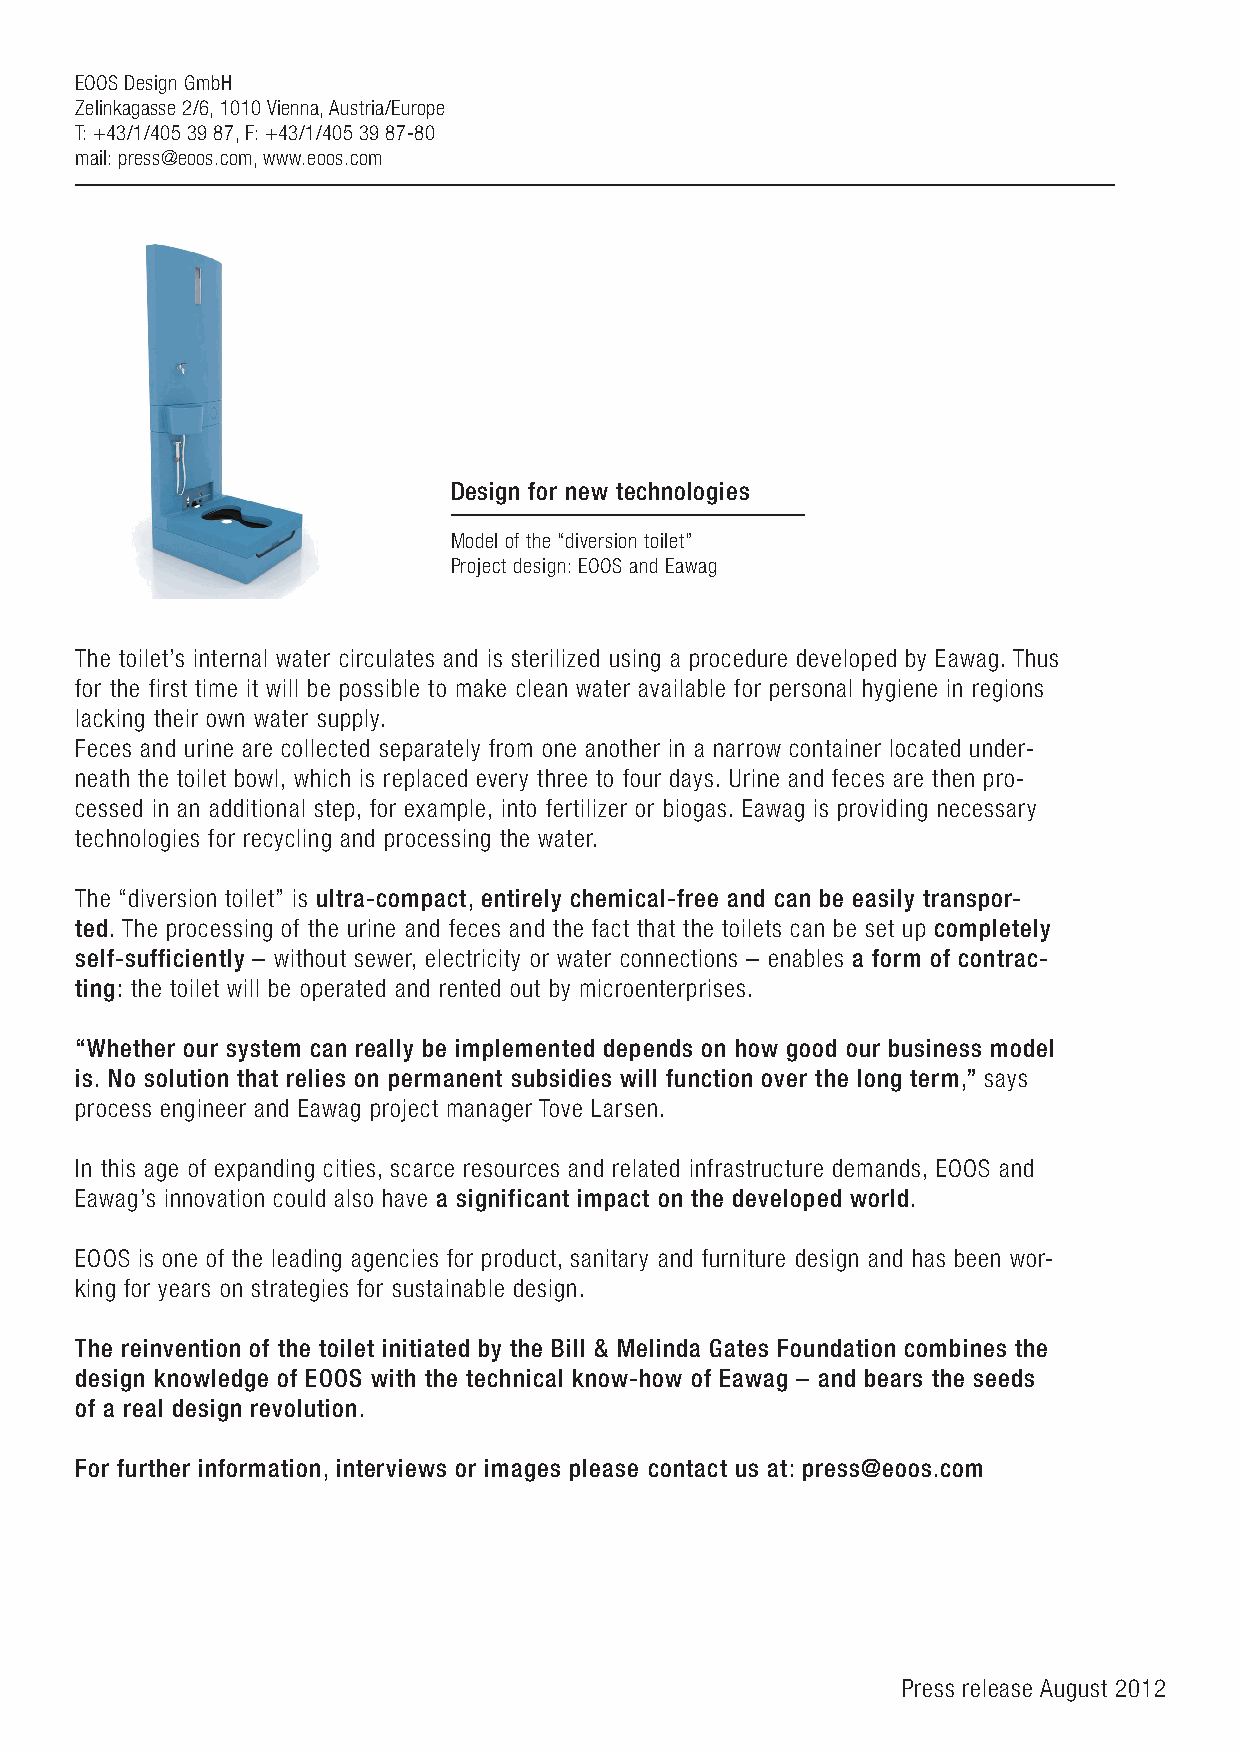
EOOS Design GmbH
 Zelinkagasse 2/6, 1010 Vienna, Austria/Europe
 T: +43/1/405 39 87, F: +43/1/405 39 87-80
 mail: press@eoos.com, www.eoos.com
 Design for new technologies
 Model of the “diversion toilet”
 Project design: EOOS and Eawag
 The toilet’s internal water circulates and is sterilized using a procedure developed by Eawag. Thus
 for the first time it will be possible to make clean water available for personal hygiene in regions
 lacking their own water supply.
 Feces and urine are collected separately from one another in a narrow container located under-
 neath the toilet bowl, which is replaced every three to four days. Urine and feces are then pro-
 cessed in an additional step, for example, into fertilizer or biogas. Eawag is providing necessary
 technologies for recycling and processing the water.
 The “diversion toilet” is ultra-compact, entirely chemical-free and can be easily transpor-
 ted. The processing of the urine and feces and the fact that the toilets can be set up completely
 self-sufficiently – without sewer, electricity or water connections – enables a form of contrac-
 ting: the toilet will be operated and rented out by microenterprises.
 “Whether our system can really be implemented depends on how good our business model
 is. No solution that relies on permanent subsidies will function over the long term,” says
 process engineer and Eawag project manager Tove Larsen.
 In this age of expanding cities, scarce resources and related infrastructure demands, EOOS and
 Eawag’s innovation could also have a significant impact on the developed world.
 EOOS is one of the leading agencies for product, sanitary and furniture design and has been wor-
 king for years on strategies for sustainable design.
 The reinvention of the toilet initiated by the Bill & Melinda Gates Foundation combines the
 design knowledge of EOOS with the technical know-how of Eawag – and bears the seeds
 of a real design revolution.
 For further information, interviews or images please contact us at: press@eoos.com
 Press release August 2012